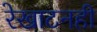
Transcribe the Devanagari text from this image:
रेखाटनही